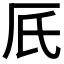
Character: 𠨿